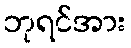
ဘုရင်အား